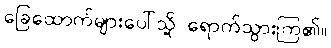
ခြေထောက်များပေါ်သို့ ရောက်သွားကြ၏။